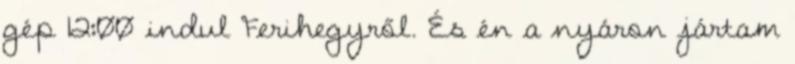
gép 12:00 indul Ferihegyről. És én a nyáron jártam